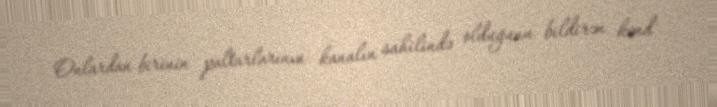
Onlardan birinin paltarlarının kanalın sahilində olduğunu bildirən kənd